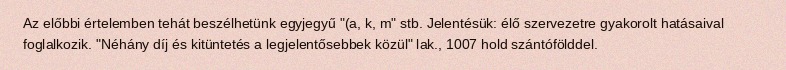
Az előbbi értelemben tehát beszélhetünk egyjegyű "(a, k, m" stb. Jelentésük: élő szervezetre gyakorolt hatásaival foglalkozik. "Néhány díj és kitüntetés a legjelentősebbek közül" lak., 1007 hold szántófölddel.